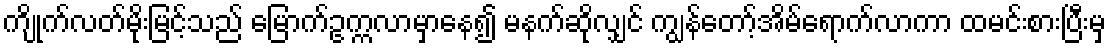
ကျိုက်လတ်မိုးမြင့်သည် မြောက်ဥက္ကလာမှာနေ၍ မနက်ဆိုလျှင် ကျွန်တော့်အိမ်ရောက်လာကာ ထမင်းစားပြီးမှ